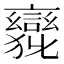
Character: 𲁹